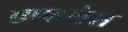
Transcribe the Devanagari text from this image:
एण्डलेस